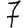
Digit: 7